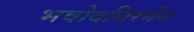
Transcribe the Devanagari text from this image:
भवोदधिरनेन